Report of the Indian Hemp Drugs Commission, 1894-1895 - Volume IV
Year: 1894
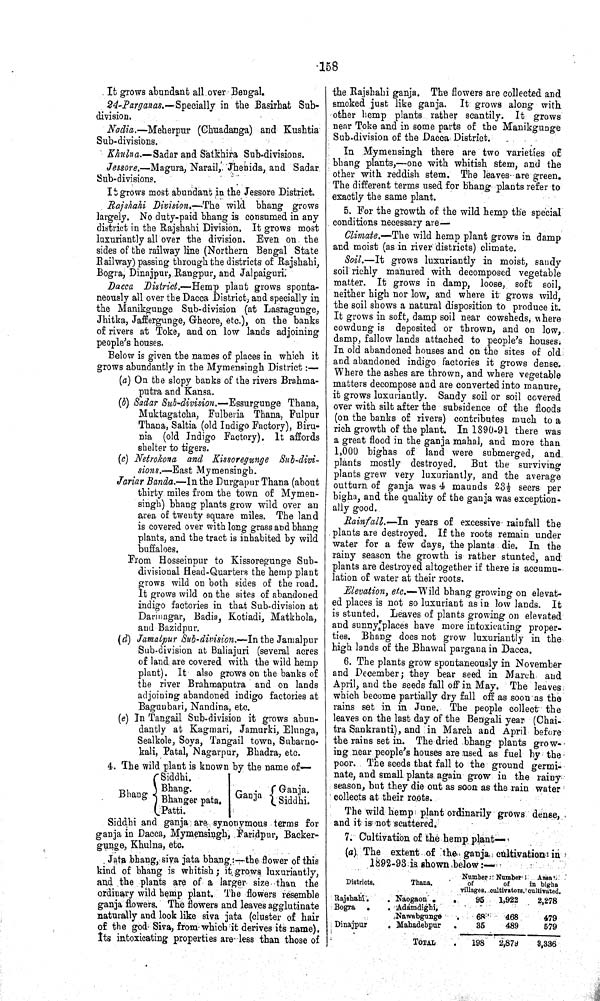
158
It grows abundant all over Bengal.
24-Parganas.—Specially in the Basirhat Sub¬
division.
Nadia.—Meherpur (Chuadanga) and Kushtia
Sub-divisions.
Khulna.—Sadar and Satkhira Sub-divisions.
Jessore.—Magura, Narail, Jhenida, and Sadar
Sub-divisions.
It grows most abundant in the Jessore District.
Rajshahi Division.—The wild bhang grows
largely. No duty-paid bhang is consumed in any
district in the Rajshahi Division. It grows most
luxuriantly all over the division. Even on the
sides of the railway line (Northern Bengal State
Railway) passing through the districts of Rajshahi,
Bogra, Dinajpur, Rangpur, and Jalpaiguri.
Dacca District.—Hemp plant grows sponta¬
neously all over the Dacca District, and specially in
the Manikgunge Sub-division (at Lasragunge,
Jhitka, Jaffergunge, Gheore, etc.), on the banks
of rivers at Toke, and on low lands adjoining
people's houses.
Below is given the names of places in which it
grows abundantly in the Mymensingh District:—
(a) On the slopy banks of the rivers Brahma¬
putra and Kansa.
(b) Sadar Sub-division.—Essurgunge
Thana,
Muktagatcha, Fulberia Thana, Fulpur
Thana, Saltia (old Indigo Factory), Biru-
nia (old Indigo Factory). It affords
shelter to tigers.
(c) Netrokona and Kissoregunge Sub-divi¬
sions.—East Mymensingh.
Jariar Banda.—In the Durgapur Thana (about
thirty miles from the town of Mymen¬
singh) bhang plants grow wild over an
area of twenty square miles. The land
is covered over with long grass and bhang
plants, and the tract is inhabited by wild
buffaloes.
From Hosseinpur to Kissoregunge Sub-
divisional Head-Quarters the hemp plant
grows wild on both sides of the road.
It grows wild on the sites of abandoned
indigo factories in that Sub-division at
Darinagar, Badia, Kotiadi, Matkhola,
and Bazidpur.
(d) Jamalpur Sub-division.—In the Jamalpur
Sub-division at Baliajuri (several acres
of land are covered with the wild hemp
plant). It also grows on the banks of
the river Brahmaputra and on lands
adjoining abandoned indigo factories at
Bagunbari, Nandina, etc.
(e) In Tangail Sub-division it grows abun¬
dantly at Kagmari, Jamurki, Elunga,
Sealkole, Soya, Tangail town, Subarno-
kali, Patal, Nagarpur, Bhadra, etc.
4. The wild plant is known by the name of—
Siddhi.
Bhang
Bhang.
Ganja
Ganja.
Bhang Bhanger pata.
Ganja
Siddhi.
Patti.
Siddhi and ganja are synonymous terms for
ganja in Dacca, Mymensingh, Faridpur, Backer-
gunge, Khulna, etc.
Jata bhang, siva jata bhang:—the flower of this
kind of bhang is whitish; it grows luxuriantly,
and the plants are of a larger size than the
ordinary wild hemp plant. The flowers resemble
ganja flowers. The flowers and leaves agglutinate
naturally and look like siva jata (cluster of hair
of the god Siva, from which it derives its name).
Its intoxicating properties are less than those of
the Rajshahi ganja. The flowers are collected and
smoked just like ganja. It grows along with
other hemp plants rather scantily. It grows
near Toke and in some parts of the Manikgunge
Sub-division of the Dacca District.
In Mymensingh there are two varieties of
bhang plants,—one with whitish stem, and the
other with reddish stem. The leaves are green.
The different terms used for bhang plants refer to
exactly the same plant.
5. For the growth of the wild hemp the special
conditions necessary are—
Climate.—The wild hemp plant grows in damp
and moist (as in river districts) climate.
Soil.—It grows luxuriantly in moist, sandy
soil richly manured with decomposed vegetable
matter. It grows in damp, loose, soft soil,
neither high nor low, and where it grows wild,
the soil shows a natural disposition to produce it.
It grows in soft, damp soil near cowsheds, where
cowdung is deposited or thrown, and on low,
damp, fallow lands attached to people's houses.
In old abandoned houses and on the sites of old
and abandoned indigo factories it grows dense.
Where the ashes are thrown, and where vegetable
matters decompose and are converted into manure,
it grows luxuriantly. Sandy soil or soil covered
over with silt after the subsidence of the floods
(on the banks of rivers) contributes much to a
rich growth of the plant. In 1890-91 there was
a great flood in the ganja mahal, and more than
1,000 bighas of land were submerged, and
plants mostly destroyed. But the surviving
plants grew very luxuriantly, and the average
outturn of ganja was 4 maunds 23½ seers per
bigha, and the quality of the ganja was exception¬
ally good.
Rainfall.—In
years of excessive rainfall the
plants are destroyed. If the roots remain under
water for a few days, the plants die. In the
rainy season the growth is rather stunted, and
plants are destroyed altogether if there is accumu¬
lation of water at their roots.
Elevation, etc.—Wild bhang growing on elevat¬
ed places is not so luxuriant as in low lands. It
is stunted. Leaves of plants growing on elevated
and sunny places have more intoxicating proper¬
ties. Bhang does not grow luxuriantly in the
high lands of the Bhawal pargana in Dacca.
6. The plants grow spontaneously in November
and December; they bear seed in March and
April, and the seeds fall off in May. The leaves
which become partially dry fall off as soon as the
rains set in in June. The people collect the
leaves on the last day of the Bengali year (Chai-
tra Sankranti), and in March and April before
the rains set in. The dried bhang plants grow¬
ing near people's houses are used as fuel by the
poor. The seeds that fall to the ground germi¬
nate, and small plants again grow in the rainy
season, but they die out as soon as the rain water
collects at their roots.
The wild hemp plant ordinarily grows dense,
and it is not scattered.
7. Cultivation of the hemp plant—
(a) The extent of the ganja cultivation in
1892-93 is shown below:—
Districts.
Thana.
Number
of
villages.
Number
of
cultivators.
Area
in bigha
cultivated.
Rajshahi.
Naogaon
95
1,922
2,278
Bogra
Adamdighi,
Nawabgunge
68
468
479
Dinajpur
Mahadebpur
35
489
579
TOTAL
198
2,879
3,336